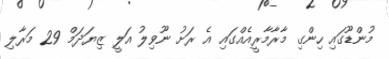
މުންޑޫގައި ހިންގި މާރާމާރީއެއްގައި އެ ރަށު ނޫވިލު އަލީ ޒިޔަދަމް 29 މަރާލި